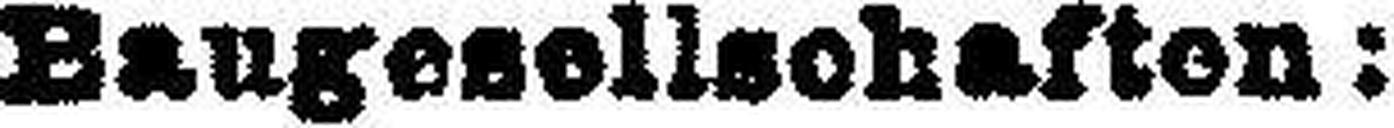
Baugesellschaften: